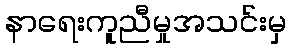
နာရေးကူညီမှုအသင်းမှ